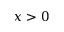
x > 0